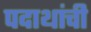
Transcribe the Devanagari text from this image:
पदाथांची